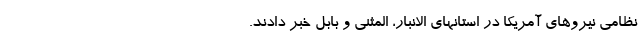
نظامی نیروهای آمریکا در استانهای الانبار، المثنی و بابل خبر دادند.